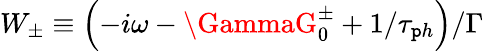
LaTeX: W_{\pm}\equiv\left(-i\omega-\GammaG_{0}^{\pm}+1/\tau_{\mathtt{p}h}\right)/\Gamma